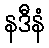
နဒီနံ